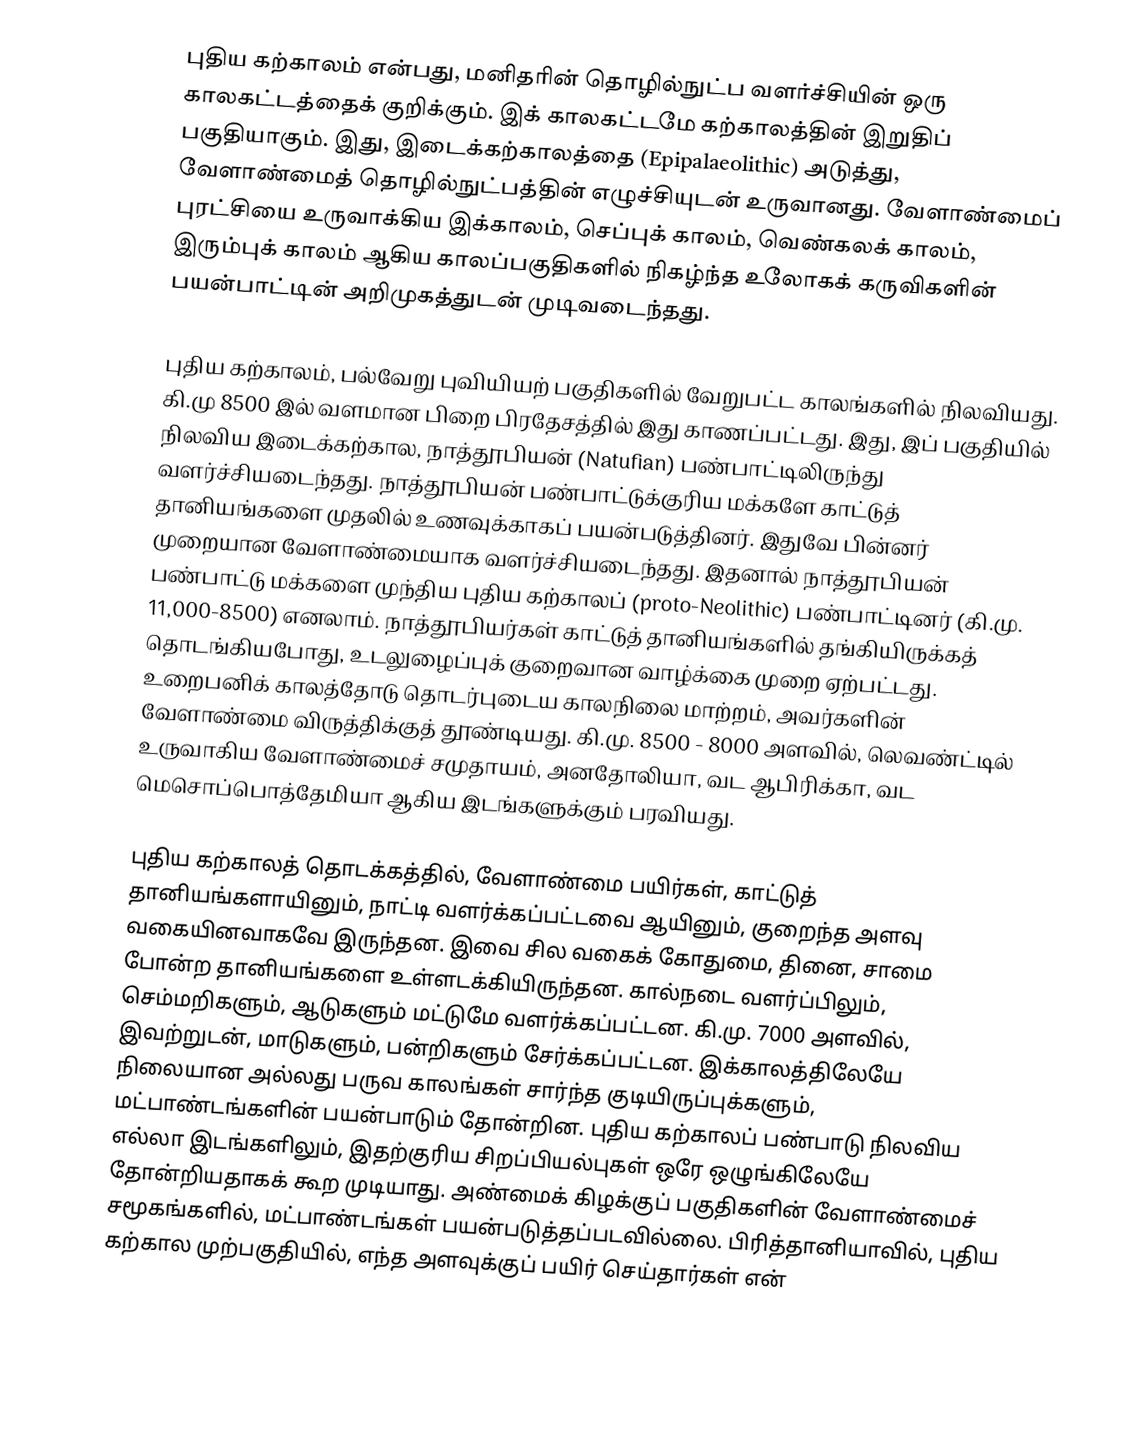
புதிய கற்காலம் என்பது, மனிதரின் தொழில்நுட்ப வளர்ச்சியின் ஒரு காலகட்டத்தைக் குறிக்கும். இக் காலகட்டமே கற்காலத்தின் இறுதிப் பகுதியாகும். இது, இடைக்கற்காலத்தை (Epipalaeolithic) அடுத்து, வேளாண்மைத் தொழில்நுட்பத்தின் எழுச்சியுடன் உருவானது. வேளாண்மைப் புரட்சியை உருவாக்கிய இக்காலம், செப்புக் காலம், வெண்கலக் காலம், இரும்புக் காலம் ஆகிய காலப்பகுதிகளில் நிகழ்ந்த உலோகக் கருவிகளின் பயன்பாட்டின் அறிமுகத்துடன் முடிவடைந்தது.

புதிய கற்காலம், பல்வேறு புவியியற் பகுதிகளில் வேறுபட்ட காலங்களில் நிலவியது. கி.மு 8500 இல் வளமான பிறை பிரதேசத்தில் இது காணப்பட்டது. இது, இப் பகுதியில் நிலவிய இடைக்கற்கால, நாத்தூபியன் (Natufian) பண்பாட்டிலிருந்து வளர்ச்சியடைந்தது. நாத்தூபியன் பண்பாட்டுக்குரிய மக்களே காட்டுத் தானியங்களை முதலில் உணவுக்காகப் பயன்படுத்தினர். இதுவே பின்னர் முறையான வேளாண்மையாக வளர்ச்சியடைந்தது. இதனால் நாத்தூபியன் பண்பாட்டு மக்களை முந்திய புதிய கற்காலப் (proto-Neolithic) பண்பாட்டினர் (கி.மு. 11,000-8500) எனலாம். நாத்தூபியர்கள் காட்டுத் தானியங்களில் தங்கியிருக்கத் தொடங்கியபோது, உடலுழைப்புக் குறைவான வாழ்க்கை முறை ஏற்பட்டது. உறைபனிக் காலத்தோடு தொடர்புடைய காலநிலை மாற்றம், அவர்களின் வேளாண்மை விருத்திக்குத் தூண்டியது. கி.மு. 8500 - 8000 அளவில், லெவண்ட்டில் உருவாகிய வேளாண்மைச் சமுதாயம், அனதோலியா, வட ஆபிரிக்கா, வட மெசொப்பொத்தேமியா ஆகிய இடங்களுக்கும் பரவியது.

புதிய கற்காலத் தொடக்கத்தில், வேளாண்மை பயிர்கள், காட்டுத் தானியங்களாயினும், நாட்டி வளர்க்கப்பட்டவை ஆயினும், குறைந்த அளவு வகையினவாகவே இருந்தன. இவை சில வகைக் கோதுமை, தினை, சாமை போன்ற தானியங்களை உள்ளடக்கியிருந்தன. கால்நடை வளர்ப்பிலும், செம்மறிகளும், ஆடுகளும் மட்டுமே வளர்க்கப்பட்டன. கி.மு. 7000 அளவில், இவற்றுடன், மாடுகளும், பன்றிகளும் சேர்க்கப்பட்டன. இக்காலத்திலேயே நிலையான அல்லது பருவ காலங்கள் சார்ந்த குடியிருப்புக்களும், மட்பாண்டங்களின் பயன்பாடும் தோன்றின. புதிய கற்காலப் பண்பாடு நிலவிய எல்லா இடங்களிலும், இதற்குரிய சிறப்பியல்புகள் ஒரே ஒழுங்கிலேயே தோன்றியதாகக் கூற முடியாது. அண்மைக் கிழக்குப் பகுதிகளின் வேளாண்மைச் சமூகங்களில், மட்பாண்டங்கள் பயன்படுத்தப்படவில்லை. பிரித்தானியாவில், புதிய கற்கால முற்பகுதியில், எந்த அளவுக்குப் பயிர் செய்தார்கள் என்